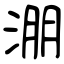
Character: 淜